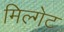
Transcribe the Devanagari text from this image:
मिल्गेट